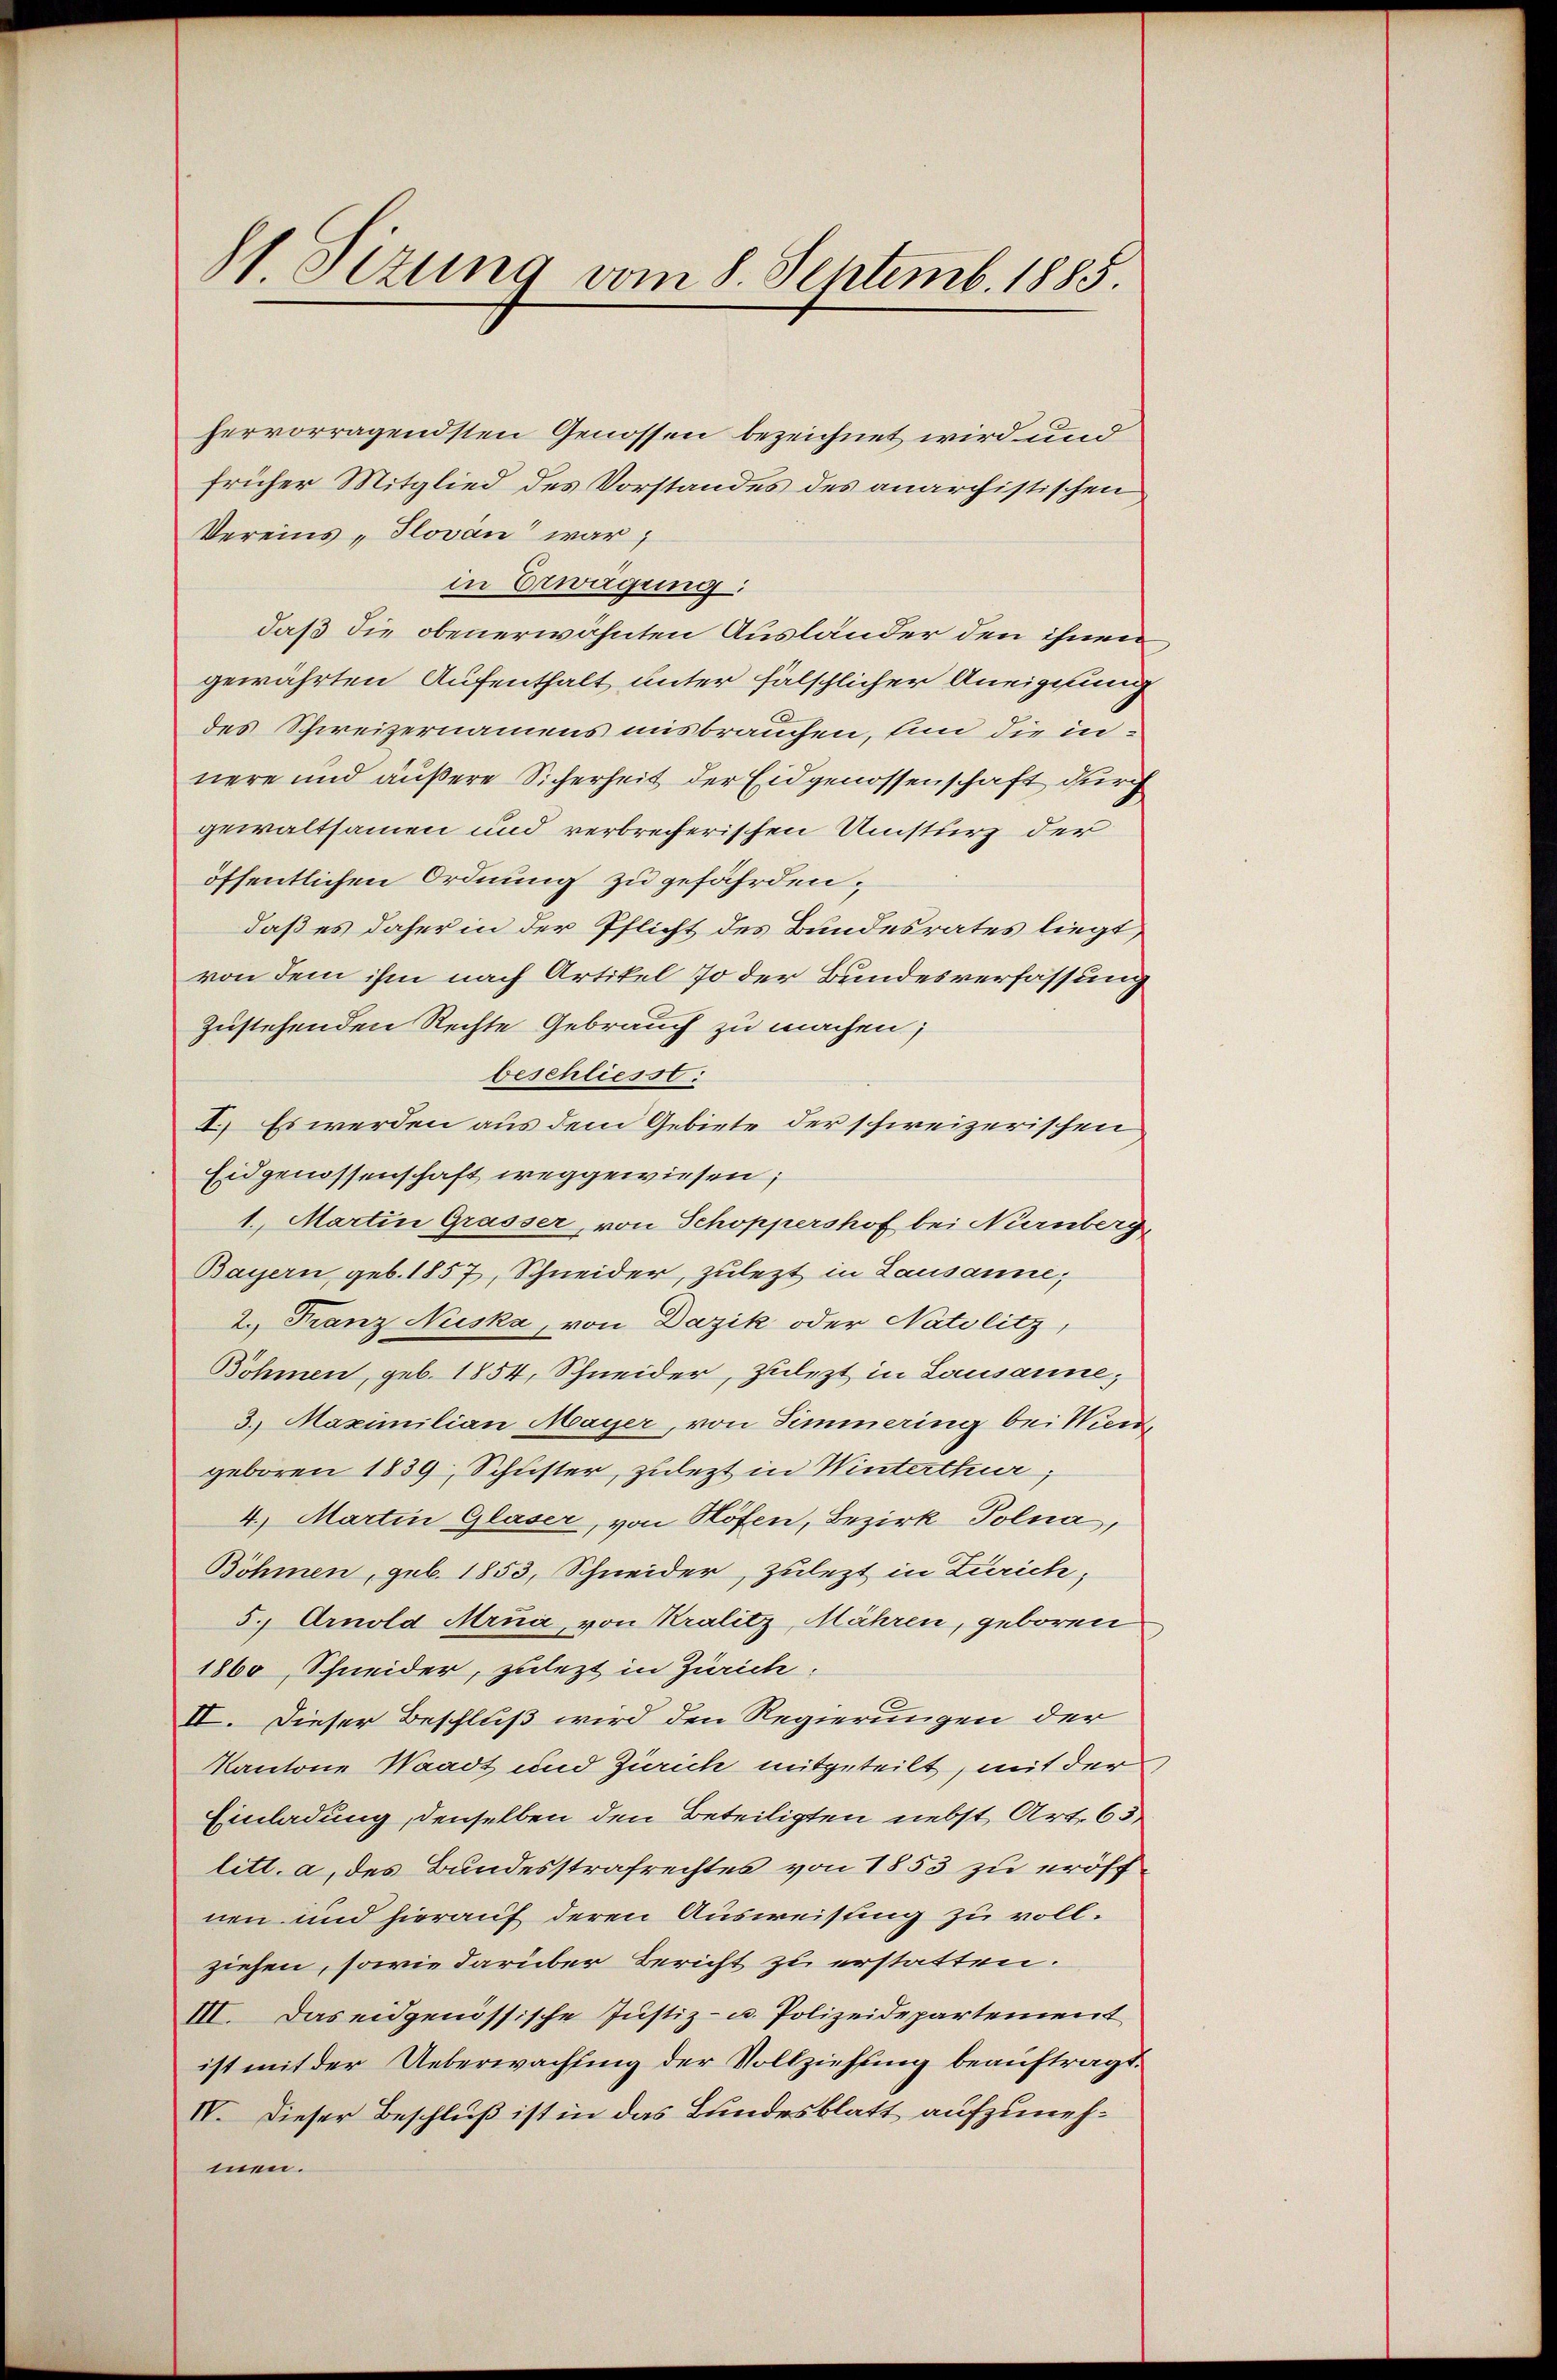
st. Sizung vom 8. Septemb. 1885.

hervorragendsten Genossen bezeichnet wird und
früher Mitglied des Vorstandes des anarchistischen
Vereins - Slovan war,
in Erwägung:
daß die obenerwähnten Ausländer den ihnen
gewährten Aufenthalt unter fälschlicher Aneignung
des Schweizernamens misbrauchen, hin die innere und äußere Sicherheit der Eidgenossenschaft durch
gewaltsamen und verbrecherischen Umsturz der
öffentlichen Ordnung zu gefährden;
daß es daher in der Pflicht des Bundesrates liegt,
von dem ihm nach Artikel so der Bundesverfassung
zustehenden Rechte Gebrauch zu machen;
beschliesst:
I.) Es werden aus dem Gebiete der schweizerischen
Eidgenossenschaft weggewiesen;
1. Martin Grasser, von Schoppershof bei Nürnberg,
Bayern, geb. 1857, Schneider, zulezt in Lausanne;
2. Franz Niska, von Dazik oder Natolitz,
Böhmen, geb. 1854, Schneider, zulezt in Lausanne;
3. Maximilian Mayer, von Simmering bei Wien,
geboren 1839, Schuster, zulezt in Winterthur,
4.) Martin Glaser, von Höfen, Bezirk Polna,
Böhmen, geb. 1853, Schneider, zulezt in Zürich,
5. Arnold Mrua, von Kralitz, Mähren, geboren
1860, Schneider, zulezt in Zürich:
IV. Dieser Beschluß wird den Regierungen der
Kantone Waadt und Zürich mitgeteilt, mit der
Einladung, denselben den Beteiligten nebst Art. 65
litt. a, des Bundesstrafrechtes von 1853 zu eröffnen und hierauf deren Ausweisung zu vollziehen, sowie darüber Bericht zu erstatten.
III. Das eidgenössische Justiz- u. Polizeidepartement
ist mit der Ueberwachung der Vollziehung beauftragt.
IV. Dieser Beschluß ist in das Bundesblatt aufzunehmen.